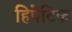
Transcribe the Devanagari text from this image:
हिपेटिक